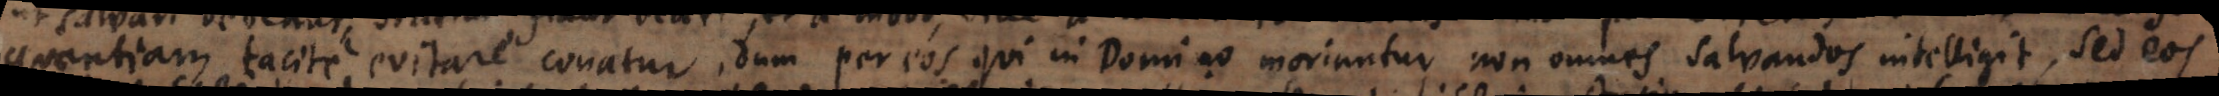
quentiam tacite evitare conatur, dum per eos qui in Domino moriuntur non omnes salvandos intelligit, sed eos